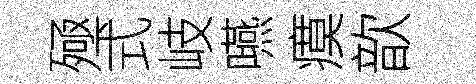
殛式岐嚥瘼歆